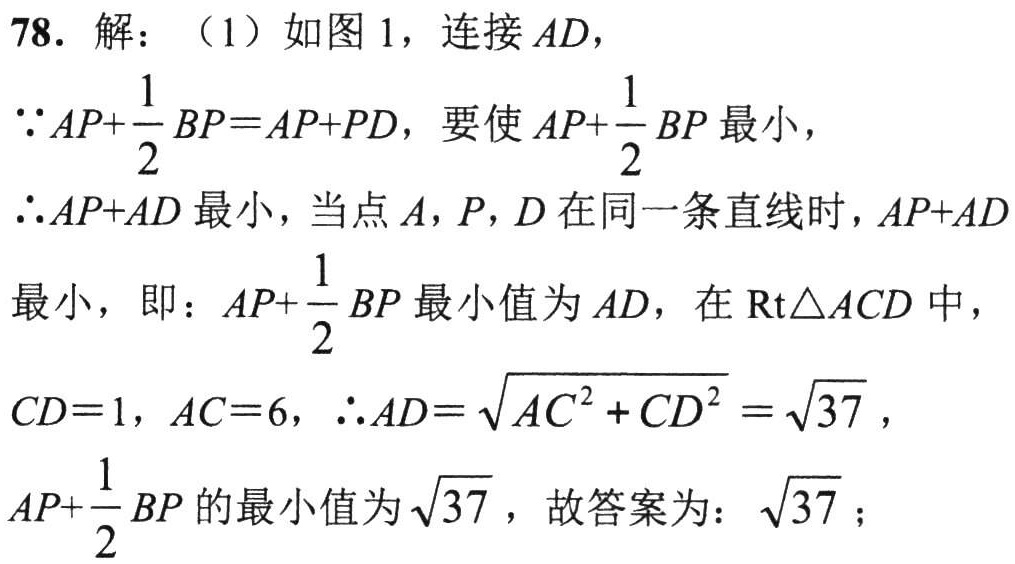
78. 解：（1）如图 1，连接 \(AD\)，
\(\because AP + \frac{1}{2}BP=AP + PD\)，要使 \(AP+\frac{1}{2}BP\) 最小，
\(\therefore AP + AD\) 最小，当点 \(A\)，\(P\)，\(D\) 在同一条直线时，\(AP + AD\)
最小，即：\(AP+\frac{1}{2}BP\) 最小值为 \(AD\)，在 \(\text{Rt}\triangle ACD\) 中，
\(CD = 1\)，\(AC = 6\)，\(\therefore AD=\sqrt{AC^{2}+CD^{2}}=\sqrt{37}\)，
\(AP+\frac{1}{2}BP\) 的最小值为 \(\sqrt{37}\)，故答案为：\(\sqrt{37}\)；